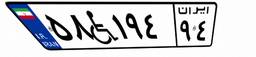
۵۸W۱۹۴۹۴